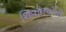
શિવાલયોની